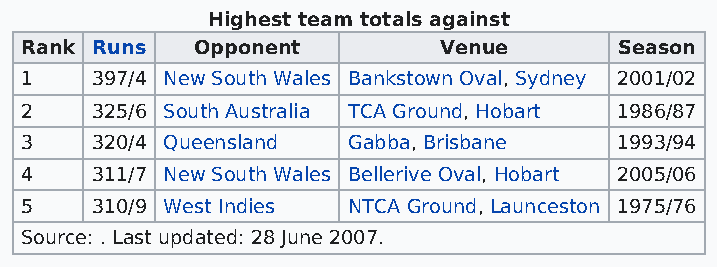
Highest team totals against
 Rank Runs   Opponent        Venue       Season
 1    397/4 New South Wales Bankstown Oval, Sydney 2001/02
 2    325/6 South Australia TCA Ground, Hobart 1986/87
 3    320/4 Queensland Gabba, Brisbane   1993/94
 4    311/7 New South Wales Bellerive Oval, Hobart 2005/06
 5    310/9 West Indies NTCA Ground, Launceston 1975/76
 Source: . Last updated: 28 June 2007.